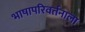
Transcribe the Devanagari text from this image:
भाषापरिवर्तनाला